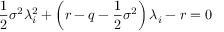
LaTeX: { \frac { 1 } { 2 } } \sigma ^ { 2 } \lambda _ { i } ^ { 2 } + \left( r - q - { \frac { 1 } { 2 } } \sigma ^ { 2 } \right) \lambda _ { i } - r = 0